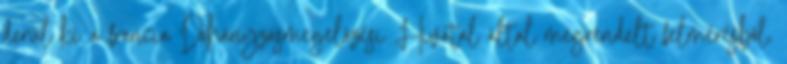
derül ki a francia Dohányzásmegelőzési Hivatal által megrendelt felmérésből.